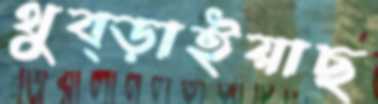
থুব্‌ড়াইয়াছ